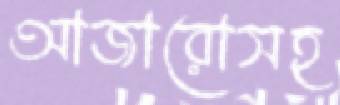
আজারোসহ